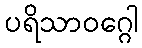
ပရိသာဝဂ္ဂေါ